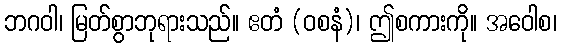
ဘဂဝါ၊ မြတ်စွာဘုရားသည်။ ဧတံ (ဝစနံ)၊ ဤစကားကို။ အဝေါစ၊